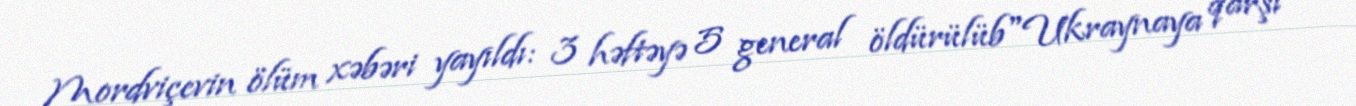
Mordviçevin ölüm xəbəri yayıldı: 3 həftəyə 5 general öldürülüb"Ukraynaya qarşı